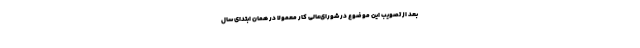
بعد از تصویب این موضوع در شورای‌عالی کار معمولاً در همان ابتدای سال